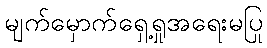
မျက်မှောက်ရှေ့ရှုအရေးမပြု